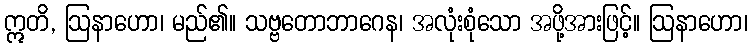
ဣတိ, ဩနာဟော၊ မည်၏။ သဗ္ဗတောဘာဂေန၊ အလုံးစုံသော အဖို့အားဖြင့်။ ဩနာဟော၊